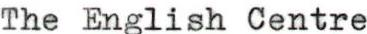
The English Centre